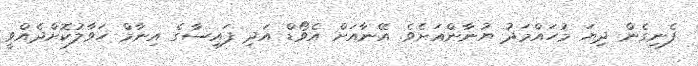
ފެނިގެން ދިޔަ މުހައްމަދު ޔުނާންއަށެވެ. އޭނާއަށް އެވޯޑް އަދި ފައިސާގެ އިނާމް ހަވާލުކޮށްދެއްވީ